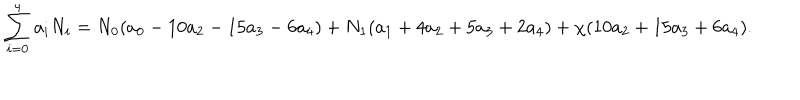
LaTeX: \sum _ { i = 0 } ^ { 4 } a _ { i } N _ { i } = N _ { 0 } ( a _ { 0 } - 1 0 a _ { 2 } - 1 5 a _ { 3 } - 6 a _ { 4 } ) + N _ { 1 } ( a _ { 1 } + 4 a _ { 2 } + 5 a _ { 3 } + 2 a _ { 4 } ) + \chi ( 1 0 a _ { 2 } + 1 5 a _ { 3 } + 6 a _ { 4 } ) .